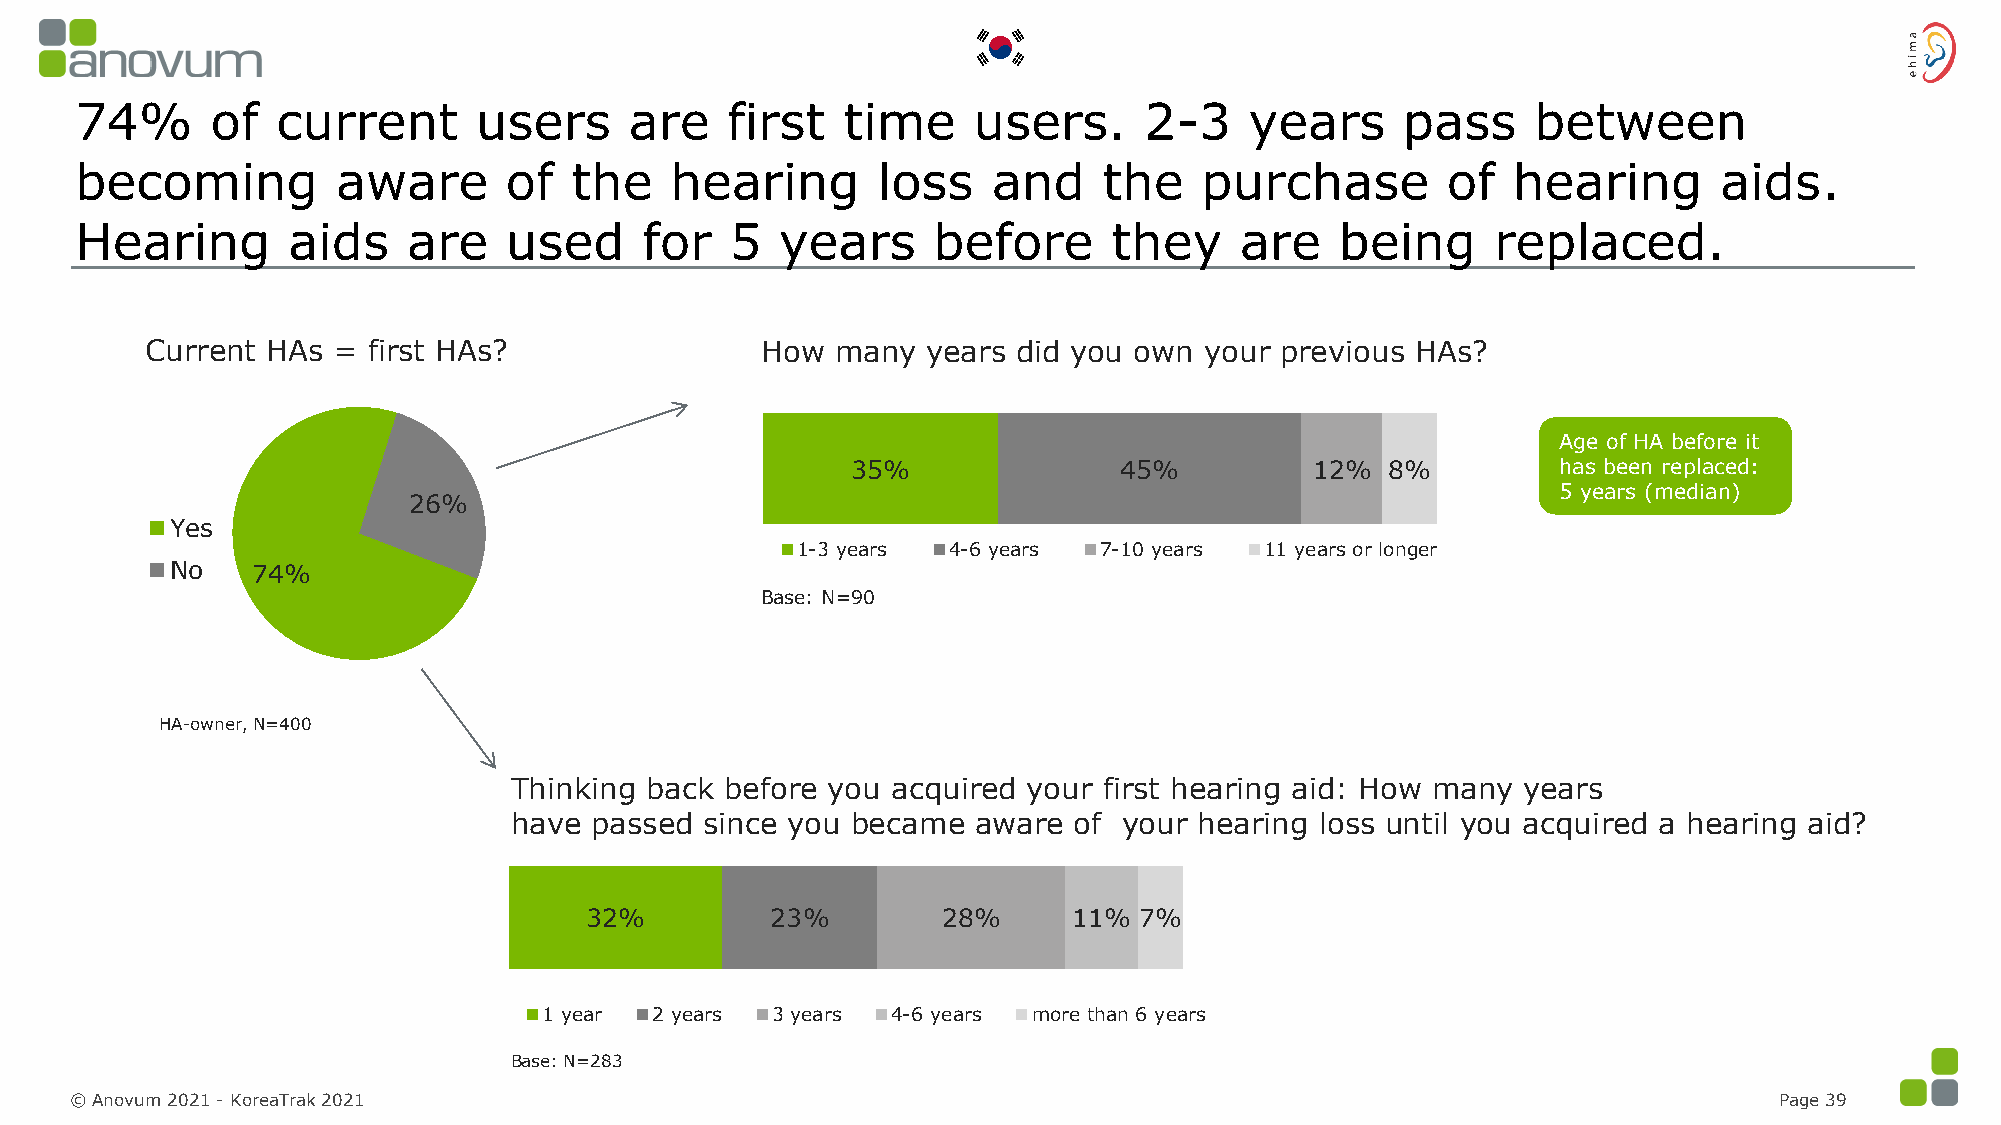
74%      of  current      users      are   first   time    users.      2-3    years     pass     between
 becoming         aware      of   the   hearing       loss    and    the   purchase         of  hearing       aids.
 Hearing       aids    are   used      for  5   years     before      they    are    being     replaced.
 Current HAs = first HAs?                How  many  years did you own  your previous HAs?
 Age of HA before it
 35%               45%          12%  8%         has been replaced:
 5 years (median)
 26%
 Yes
 1-3 years 4-6 years 7-10 years 11 years or longer
 No    74%
 Base: N=90
 HA-owner, N=400
 Thinking back before you acquired your first hearing aid: How many years
 have passed  since you became  aware of your hearing loss until you acquired a hearing aid?
 32%         23%        28%      11% 7%
 1 year 2 years 3 years 4-6 years more than 6 years
 Base: N=283
 © Anovum 2021 -KoreaTrak 2021                                                                                    Page 39